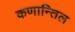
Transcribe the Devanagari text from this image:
कणान्तिल